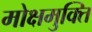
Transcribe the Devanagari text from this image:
मोक्षमुक्ति